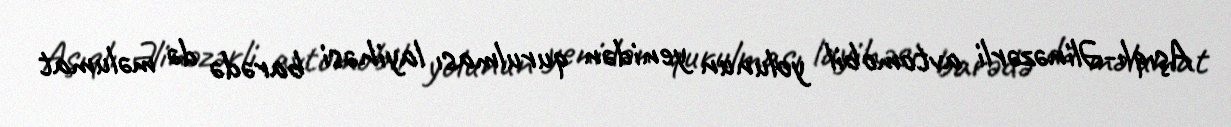
Aşıqlı-Əlinəzərli avtomobil yolunun yenidən qurulması layihəsi barədə də məlumat